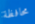
محافظة